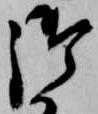
御